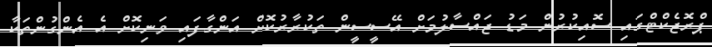
ޕްރޮޖެކްޓްގައި ސޮއިކުރުން މަޑު ޖައްސާލުމަށް އޭސީސީން ތަކުރާރުކޮށް އަންގާފައި ވަނިކޮށް އެ އެންގުންތަކާ